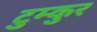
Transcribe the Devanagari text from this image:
टुम्कुर